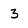
Character: 3